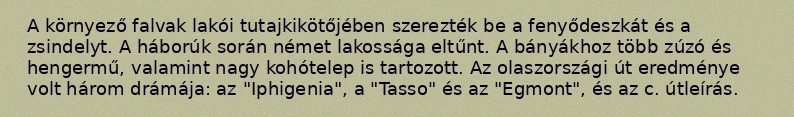
A környező falvak lakói tutajkikötőjében szerezték be a fenyődeszkát és a zsindelyt. A háborúk során német lakossága eltűnt. A bányákhoz több zúzó és hengermű, valamint nagy kohótelep is tartozott. Az olaszországi út eredménye volt három drámája: az "Iphigenia", a "Tasso" és az "Egmont", és az c. útleírás.